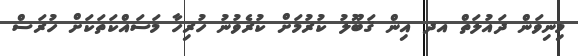
މިނިވަން ދައުލަތް އދ އިން ޤަބޫލު ކުރުމަށް ކުރެވުނު ހުރިހާ މަސައްކަތަކަށް ހުރަސް